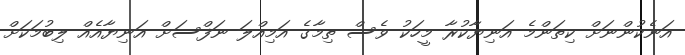
އަނެކުންނަށް ކިތަންމެ އަނިޔާކުރާ މީހަކު ވެސް ތިމާގެ އަމިއްލަ ނަފްސަށް އަނިޔާއެއް ލިބުމަކަށް